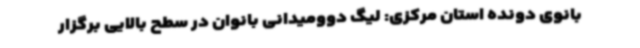
بانوی دونده استان مرکزی: لیگ دوومیدانی بانوان در سطح بالایی برگزار